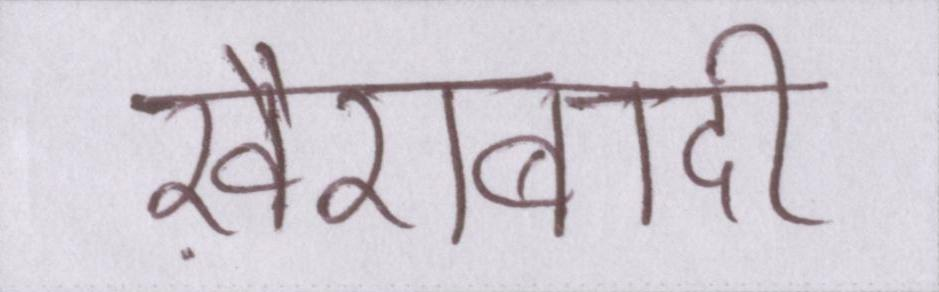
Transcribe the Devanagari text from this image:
ख़ैराबादी